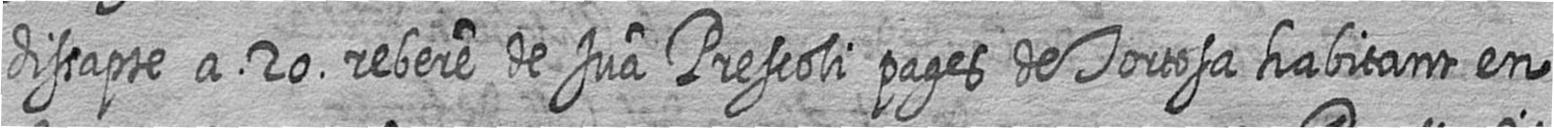
dissapte a 20 rebere de Jua Prescoli pages de Tortosa habitant en